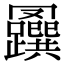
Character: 𦍅